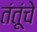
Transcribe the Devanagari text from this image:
तंतूंचे